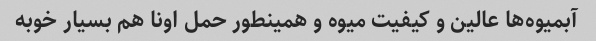
آبمیوه‌ها عالین و کیفیت میوه و همینطور حمل اونا هم بسیار خوبه